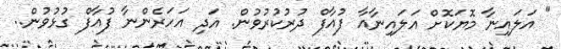
" އަލައިނާ މޮޔަކޮށް އަލައިނާއާ ފުއާފް ދުރުކުރުވުން. އަދި އަހަރެންނާ ފުއާފް ގުޅުވުން..